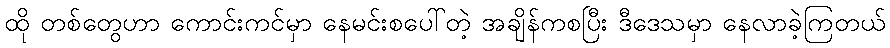
ထို တစ်တွေဟာ ကောင်းကင်မှာ နေမင်းစပေါ်တဲ့ အချိန်ကစပြီး ဒီဒေသမှာ နေလာခဲ့ကြတယ်